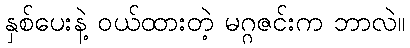
နှစ်ပေးနဲ့ ဝယ်ထားတဲ့ မဂ္ဂဇင်းက ဘာလဲ။